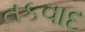
તકવાદ